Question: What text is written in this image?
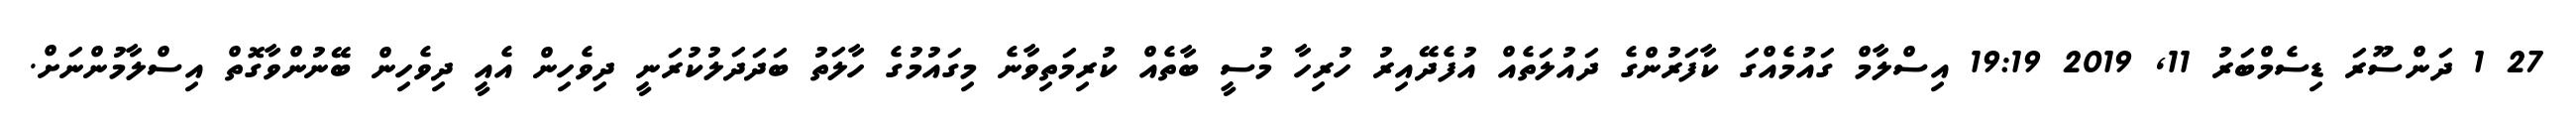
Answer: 27 1 ދަންސޫރަ ޑިސެމްބަރު 11, 2019 19:19 އިސްލާމް ގައުމެއްގަ ކާފަރުންގެ ދައުލަތެއް އުފެދޭއިރު ހުރިހާ މުސީ ބާތެއް ކުރިމަތިވާނެ މިގައުމުގެ ހާލަތު ބަދަދަލުކުރަނީ ދިވެހިން އެއީ ދިވެހިން ބޭނުންވާގޮތް އިސްލާމުންނަށް.